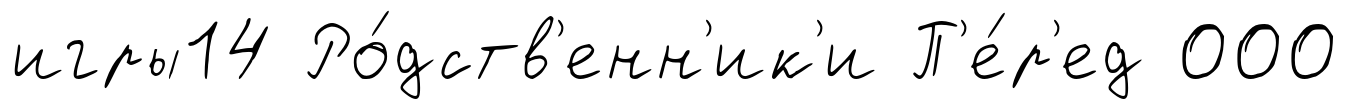
игры14 Ро́дств'енн'ик'и П'е́р'ед 000